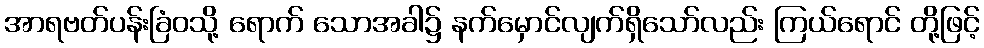
အာရဗတ်ပန်းခြံဝသို့ ရောက် သောအခါ၌ နက်မှောင်လျက်ရှိသော်လည်း ကြယ်ရောင် တို့ဖြင့်